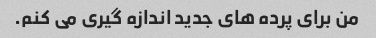
من برای پرده های جدید اندازه گیری می کنم.